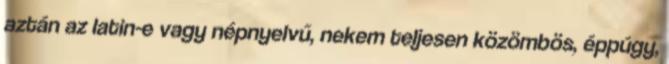
aztán az latin-e vagy népnyelvű, nekem teljesen közömbös, éppúgy,